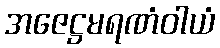
အဇေဋ္ဌမရဏံဝါယံ